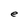
Character: e